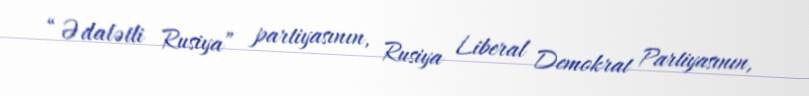
“Ədalətli Rusiya” partiyasının, Rusiya Liberal Demokrat Partiyasının,